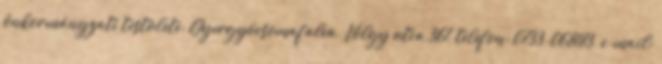
önkormányzati testülete: Gyergyócsomafalva, Völgy utca 361, telefon: 0733-068183, e-mail: